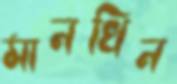
মানখিন